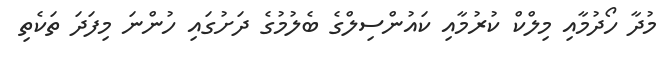
މުދާ ހޯދުމާއި މިލްކް ކުރުމާއި ކައުންސިލްގެ ބެލުމުގެ ދަށުގައި ހުންނަ މިފަދަ ތަކެތި